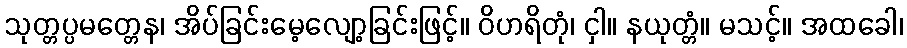
သုတ္တပ္ပမတ္တေန၊ အိပ်ခြင်းမေ့လျော့ခြင်းဖြင့်။ ဝိဟရိတုံ၊ ငှါ။ နယုတ္တံ။ မသင့်။ အထခေါ၊